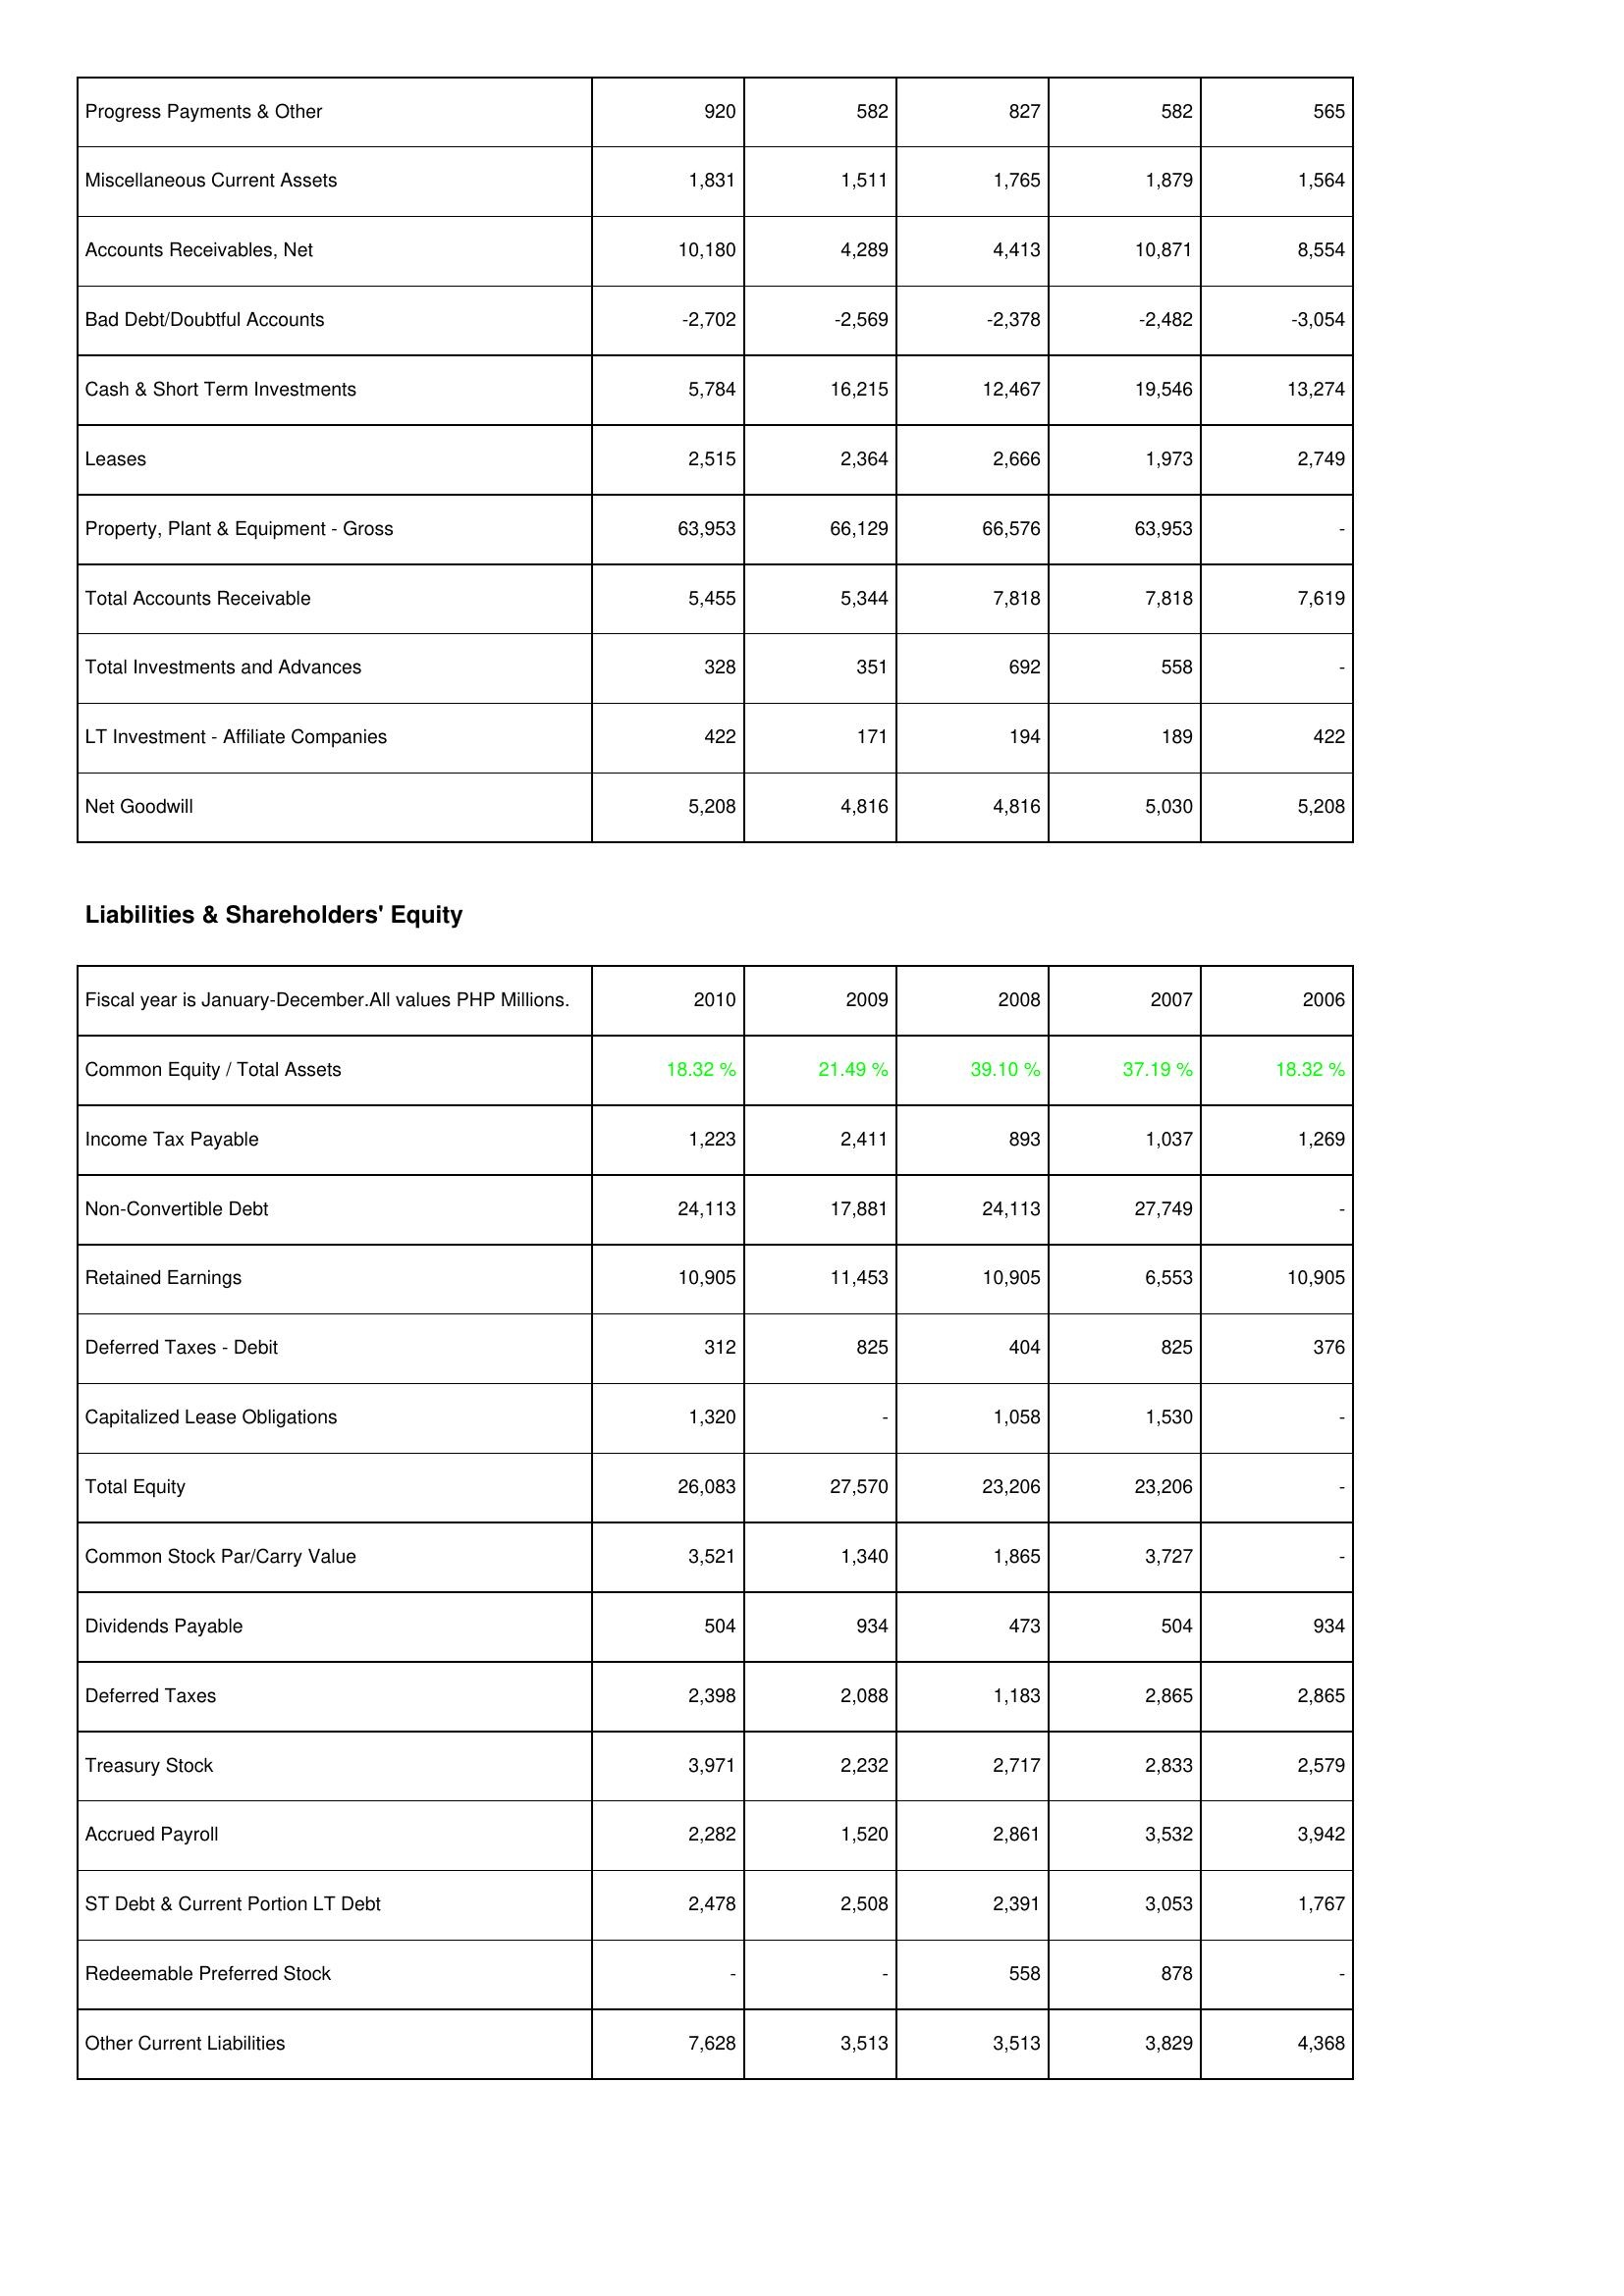
2010: Assets: Progress Payments & Other: 920
Miscellaneous Current Assets: 1,831
Accounts Receivables, Net: 10,180
Bad Debt/Doubtful Accounts: -2,702
Cash & Short Term Investments: 5,784
Leases: 2,515
Property, Plant & Equipment - Gross: 63,953
Total Accounts Receivable: 5,455
Total Investments and Advances: 328
LT Investment - Affiliate Companies: 422
Net Goodwill: 5,208
Liabilities & Shareholders' Equity: Common Equity / Total Assets: 18.32 %
Income Tax Payable: 1,223
Non-Convertible Debt: 24,113
Retained Earnings: 10,905
Deferred Taxes - Debit: 312
Capitalized Lease Obligations: 1,320
Total Equity: 26,083
Common Stock Par/Carry Value: 3,521
Dividends Payable: 504
Deferred Taxes: 2,398
Treasury Stock: 3,971
Accrued Payroll: 2,282
ST Debt & Current Portion LT Debt: 2,478
Redeemable Preferred Stock: -
Other Current Liabilities: 7,628
2009: Assets: Progress Payments & Other: 582
Miscellaneous Current Assets: 1,511
Accounts Receivables, Net: 4,289
Bad Debt/Doubtful Accounts: -2,569
Cash & Short Term Investments: 16,215
Leases: 2,364
Property, Plant & Equipment - Gross: 66,129
Total Accounts Receivable: 5,344
Total Investments and Advances: 351
LT Investment - Affiliate Companies: 171
Net Goodwill: 4,816
Liabilities & Shareholders' Equity: Common Equity / Total Assets: 21.49 %
Income Tax Payable: 2,411
Non-Convertible Debt: 17,881
Retained Earnings: 11,453
Deferred Taxes - Debit: 825
Capitalized Lease Obligations: -
Total Equity: 27,570
Common Stock Par/Carry Value: 1,340
Dividends Payable: 934
Deferred Taxes: 2,088
Treasury Stock: 2,232
Accrued Payroll: 1,520
ST Debt & Current Portion LT Debt: 2,508
Redeemable Preferred Stock: -
Other Current Liabilities: 3,513
2008: Assets: Progress Payments & Other: 827
Miscellaneous Current Assets: 1,765
Accounts Receivables, Net: 4,413
Bad Debt/Doubtful Accounts: -2,378
Cash & Short Term Investments: 12,467
Leases: 2,666
Property, Plant & Equipment - Gross: 66,576
Total Accounts Receivable: 7,818
Total Investments and Advances: 692
LT Investment - Affiliate Companies: 194
Net Goodwill: 4,816
Liabilities & Shareholders' Equity: Common Equity / Total Assets: 39.10 %
Income Tax Payable: 893
Non-Convertible Debt: 24,113
Retained Earnings: 10,905
Deferred Taxes - Debit: 404
Capitalized Lease Obligations: 1,058
Total Equity: 23,206
Common Stock Par/Carry Value: 1,865
Dividends Payable: 473
Deferred Taxes: 1,183
Treasury Stock: 2,717
Accrued Payroll: 2,861
ST Debt & Current Portion LT Debt: 2,391
Redeemable Preferred Stock: 558
Other Current Liabilities: 3,513
2007: Assets: Progress Payments & Other: 582
Miscellaneous Current Assets: 1,879
Accounts Receivables, Net: 10,871
Bad Debt/Doubtful Accounts: -2,482
Cash & Short Term Investments: 19,546
Leases: 1,973
Property, Plant & Equipment - Gross: 63,953
Total Accounts Receivable: 7,818
Total Investments and Advances: 558
LT Investment - Affiliate Companies: 189
Net Goodwill: 5,030
Liabilities & Shareholders' Equity: Common Equity / Total Assets: 37.19 %
Income Tax Payable: 1,037
Non-Convertible Debt: 27,749
Retained Earnings: 6,553
Deferred Taxes - Debit: 825
Capitalized Lease Obligations: 1,530
Total Equity: 23,206
Common Stock Par/Carry Value: 3,727
Dividends Payable: 504
Deferred Taxes: 2,865
Treasury Stock: 2,833
Accrued Payroll: 3,532
ST Debt & Current Portion LT Debt: 3,053
Redeemable Preferred Stock: 878
Other Current Liabilities: 3,829
2006: Assets: Progress Payments & Other: 565
Miscellaneous Current Assets: 1,564
Accounts Receivables, Net: 8,554
Bad Debt/Doubtful Accounts: -3,054
Cash & Short Term Investments: 13,274
Leases: 2,749
Property, Plant & Equipment - Gross: -
Total Accounts Receivable: 7,619
Total Investments and Advances: -
LT Investment - Affiliate Companies: 422
Net Goodwill: 5,208
Liabilities & Shareholders' Equity: Common Equity / Total Assets: 18.32 %
Income Tax Payable: 1,269
Non-Convertible Debt: -
Retained Earnings: 10,905
Deferred Taxes - Debit: 376
Capitalized Lease Obligations: -
Total Equity: -
Common Stock Par/Carry Value: -
Dividends Payable: 934
Deferred Taxes: 2,865
Treasury Stock: 2,579
Accrued Payroll: 3,942
ST Debt & Current Portion LT Debt: 1,767
Redeemable Preferred Stock: -
Other Current Liabilities: 4,368